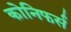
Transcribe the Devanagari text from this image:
कोनिफर्स